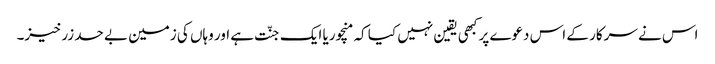
اس نے سرکار کے اس دعوے پر کبھی یقین نہیں کیا کہ منچوریا ایک جنّت ہے اور وہاں کی زمین بے حد زرخیز۔